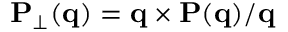
{ \bf P } _ { \perp } ( { \bf q } ) = { \bf q } \times { \bf P } ( \bf q ) / q